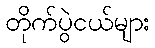
တိုက်ပွဲငယ်များ